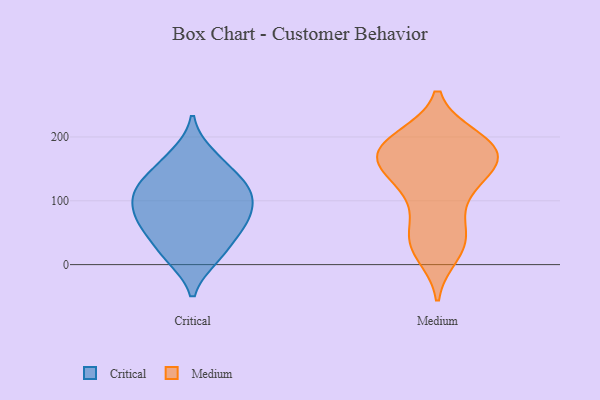
{"axis": {"x": "Page Views", "y": "Value"}, "legend": ["Critical", "Medium"], "data": [{"x": "", "y": 63, "type": "Critical"}, {"x": "", "y": 116, "type": "Critical"}, {"x": "", "y": 52, "type": "Critical"}, {"x": "", "y": 126, "type": "Critical"}, {"x": "", "y": 152, "type": "Critical"}, {"x": "", "y": 77, "type": "Critical"}, {"x": "", "y": 111, "type": "Critical"}, {"x": "", "y": 72, "type": "Critical"}, {"x": "", "y": 16, "type": "Critical"}, {"x": "", "y": 11, "type": "Critical"}, {"x": "", "y": 108, "type": "Critical"}, {"x": "", "y": 172, "type": "Critical"}, {"x": "", "y": 108, "type": "Medium"}, {"x": "", "y": 45, "type": "Medium"}, {"x": "", "y": 31, "type": "Medium"}, {"x": "", "y": 195, "type": "Medium"}, {"x": "", "y": 50, "type": "Medium"}, {"x": "", "y": 172, "type": "Medium"}, {"x": "", "y": 197, "type": "Medium"}, {"x": "", "y": 17, "type": "Medium"}, {"x": "", "y": 179, "type": "Medium"}, {"x": "", "y": 198, "type": "Medium"}, {"x": "", "y": 169, "type": "Medium"}, {"x": "", "y": 150, "type": "Medium"}, {"x": "", "y": 90, "type": "Medium"}, {"x": "", "y": 134, "type": "Medium"}, {"x": "", "y": 174, "type": "Medium"}, {"x": "", "y": 174, "type": "Medium"}, {"x": "", "y": 148, "type": "Medium"}, {"x": "", "y": 29, "type": "Medium"}, {"x": "", "y": 183, "type": "Medium"}, {"x": "", "y": 135, "type": "Medium"}]}